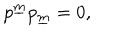
p ^ { \underline { { m } } } p _ { \underline { { m } } } = 0 ,